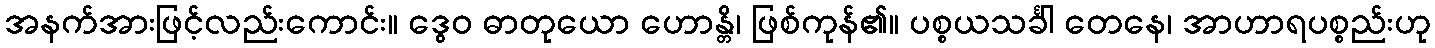
အနက်အားဖြင့်လည်းကောင်း။ ဒွေဝ ဓာတုယော ဟောန္တိ၊ ဖြစ်ကုန်၏။ ပစ္စယသင်္ခါ တေနေ၊ အာဟာရပစ္စည်းဟု